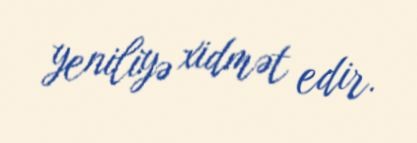
yeniliyə xidmət edir.